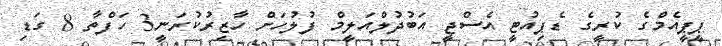
ޕީޕީއެމްގެ ކުރީގެ ޑެޕިއުޓީ އެސްޖީ އަބުދުލްއަލީމް ފުލުހަށް ހާޒިރުކުރަނީ3 ހަފްތާ 8 ގަޑި